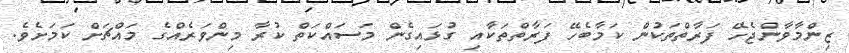
ޒިންމާވާންޖެހޭ ފަރާތްތަކުން ކަމާބެހޭ ފަރާތްތަކާއި ގުޅައިގެން މަސައްކަތް ކުރާ މިންވަރެއްގެ މައްޗަށް ކަމަށެވެ.